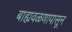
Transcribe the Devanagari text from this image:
बाह्यवळणापासून